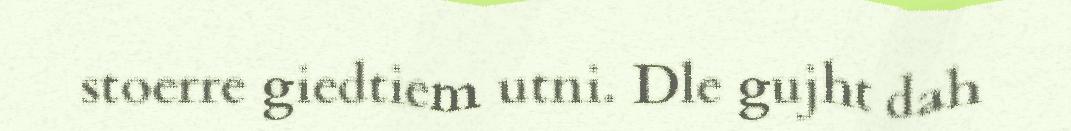
stoerre giedtiem utni. Dle gujht dah